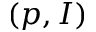
( p , I )